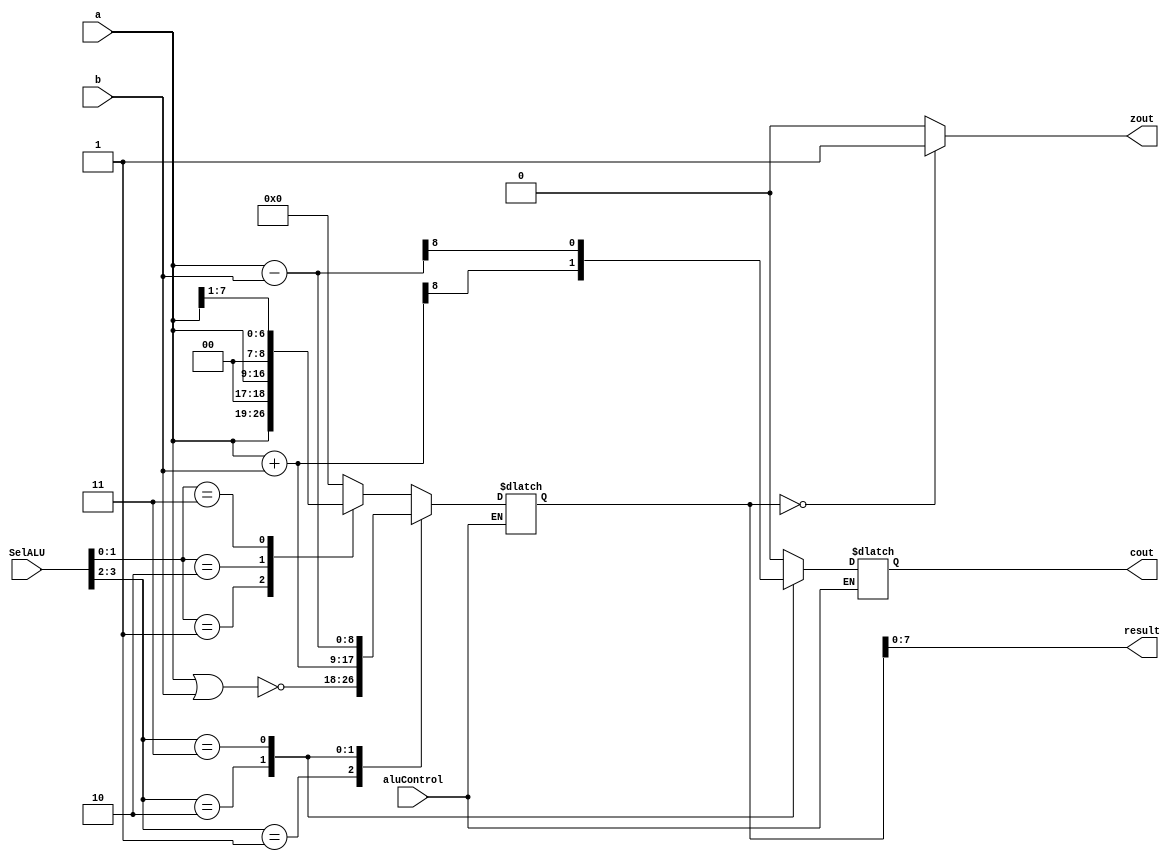
module ALU (
    input [7:0] a,
    input [7:0] b,
    input [3:0] SelALU,
    input aluControl,
    output [7:0] result,
    output cout,
    output zout
);

//Decare any necessary registers or wires
    reg [1:0] ALU_sel;
    reg [1:0] load_shift;
    reg [8:0] ALU_Result;
    reg Rcout;
    // reg rstoreResult;
    //reg Rzout = 0;
    //reg [8:0] Cout = 9'b100000000;
    // reg cout0;
    // reg zout0;
    // assign result = ALU_Result; // ALU out
    assign ALU_sel = SelALU[3:2];
    assign load_shift = SelALU[1:0];
    initial begin
        ALU_Result = 0;
        Rcout = 0;
    end
    //Complete this part to specify ALU behavior 
    always @(SelALU) 
    begin
    if (aluControl) 
    begin
        begin
            case (ALU_sel)
            2'b00:
            begin
                case(load_shift)
                2'b00: //RST
                begin
                    ALU_Result = 0;
                    // rstoreResult = ALU_Result;
                    Rcout = 0;

                end
                2'b01: //SHL
                begin
                    ALU_Result = a << 1;
                    // rstoreResult = ALU_Result;

                    Rcout = 0;
                end
                2'b10: //LD
                begin
                    ALU_Result = a;
                    // rstoreResult = ALU_Result;

                    Rcout = 0;
                end
                2'b11: //SHR
                begin
                    ALU_Result = a >> 1;
                    // rstoreResult = ALU_Result;

                    Rcout = 0;
                end
                endcase
            end
            2'b01://NOR
            begin
                ALU_Result = ~(a | b);
                    // rstoreResult = ALU_Result;

                Rcout = 0;
            end
            2'b10://ADD
            begin
                // {Rcout,ALU_Result} = a + b;
                ALU_Result = a + b;
                Rcout = ALU_Result[8];
                    // rstoreResult = ALU_Result;

            end
                
            2'b11://SUB
            begin
                ALU_Result = a - b;
                Rcout = ALU_Result[8];
                    // rstoreResult = ALU_Result;

            end
            endcase
        end
    end
    end
    // else 
    // begin
    //    ALU_Result = rstoreResult;
    // end


    assign result = ALU_Result[7:0];
    // assign storeResult = rstoreResult;
    assign zout = (ALU_Result == 0) ? 1'b1 : 1'b0;
    assign cout = Rcout;


endmodule